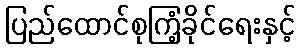
ပြည်ထောင်စုကြံ့ခိုင်ရေးနှင့်